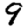
Digit: 9